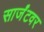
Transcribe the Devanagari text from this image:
सार्जंटवर